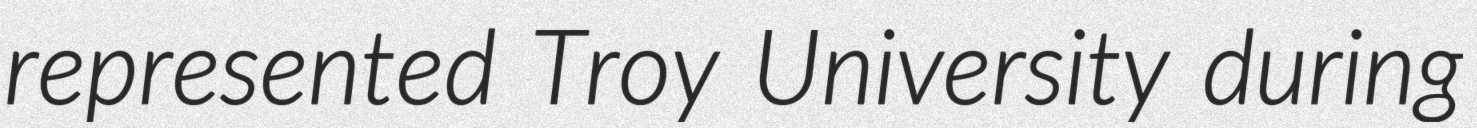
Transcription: represented Troy University during